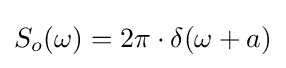
S_{o}(\omega )=2\pi \cdot \delta (\omega +a)